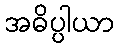
အဓိပ္ပါယာ